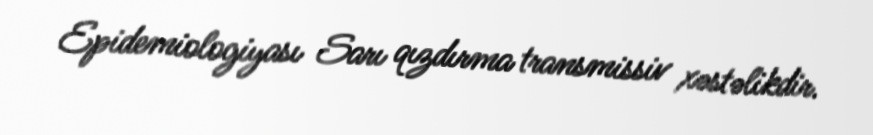
Epidemiologiyası Sarı qızdırma transmissiv xəstəlikdir.